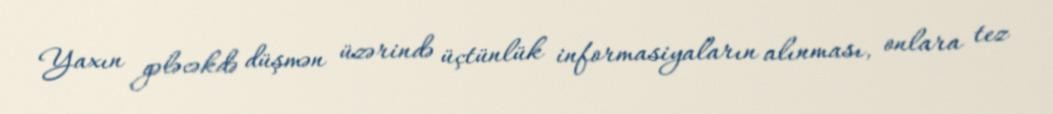
Yaxın gələcəkdə düşmən üzərində üçtünlük informasiyaların alınması, onlara tez